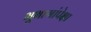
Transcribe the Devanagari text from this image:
भूभागांपेक्षा